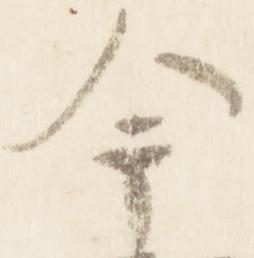
今